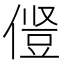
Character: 𫝋